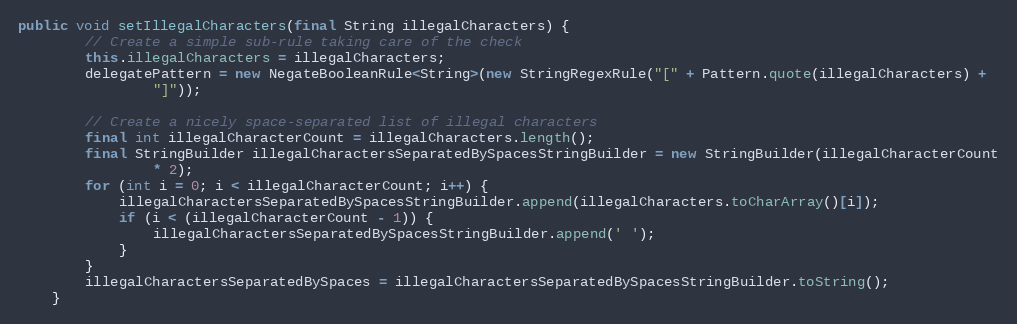
Language: Java
public void setIllegalCharacters(final String illegalCharacters) {
        // Create a simple sub-rule taking care of the check
        this.illegalCharacters = illegalCharacters;
        delegatePattern = new NegateBooleanRule<String>(new StringRegexRule("[" + Pattern.quote(illegalCharacters) +
                "]"));

        // Create a nicely space-separated list of illegal characters
        final int illegalCharacterCount = illegalCharacters.length();
        final StringBuilder illegalCharactersSeparatedBySpacesStringBuilder = new StringBuilder(illegalCharacterCount
                * 2);
        for (int i = 0; i < illegalCharacterCount; i++) {
            illegalCharactersSeparatedBySpacesStringBuilder.append(illegalCharacters.toCharArray()[i]);
            if (i < (illegalCharacterCount - 1)) {
                illegalCharactersSeparatedBySpacesStringBuilder.append(' ');
            }
        }
        illegalCharactersSeparatedBySpaces = illegalCharactersSeparatedBySpacesStringBuilder.toString();
    }